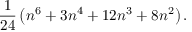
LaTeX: { \frac { 1 } { 2 4 } } \left( n ^ { 6 } + 3 n ^ { 4 } + 1 2 n ^ { 3 } + 8 n ^ { 2 } \right) .